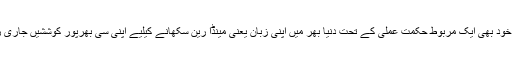
چین کی حکومت خود بھی ایک مربوط حکمت عملی کے تحت دنیا بھر میں اپنی زبان یعنی مینڈا رین سکھانے کیلیے اپنی سی بھرپور کوششیں جاری رکھے ہوئے ہے۔